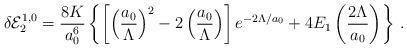
LaTeX: \begin{align*}\delta {\cal E}_2^{1,0}=\frac{8K}{a_0^6}\left\{\left[\left(\frac{a_0}{\Lambda}\right)^2-2\left(\frac{a_0}{\Lambda}\right)\right]e^{-2\Lambda/a_0}+4E_1\left(\frac{2\Lambda}{a_0}\right)\right\}\,{.}\end{align*}